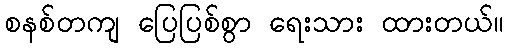
စနစ်တကျ ပြေပြစ်စွာ ရေးသား ထားတယ်။